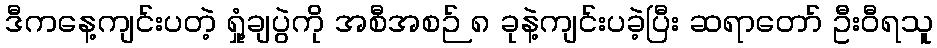
ဒီကနေ့ကျင်းပတဲ့ ရှုံ့ချပွဲကို အစီအစဉ် ၈ ခုနဲ့ကျင်းပခဲ့ပြီး ဆရာတော် ဦးဝီရသူ